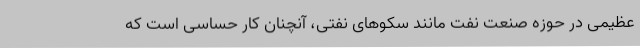
عظیمی در حوزه صنعت نفت مانند سکوهای نفتی، آنچنان کار حساسی است که